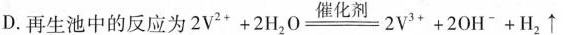
D.再生池中的反应为$$2V^{2+}+2H_{2}O\xlongequal [ ] { }2V^{3+}+2OH^{-}+H_{2}\uparrow$$